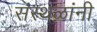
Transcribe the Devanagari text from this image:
संस्थळांनी